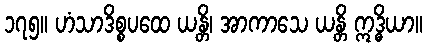
၁၇၅။ ဟံသာဒိစ္စပထေ ယန္တိ၊ အာကာသေ ယန္တိ ဣဒ္ဓိယာ။